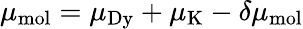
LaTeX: \mu_{\mathrm{mol}}=\mu_{\mathrm{Dy}}+\mu_{\mathrm{K}}-\delta\mu_{\mathrm{mol}}